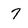
Character: 7